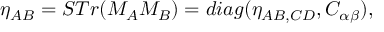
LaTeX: \eta _ { { \cal A B } } = S T r ( M _ { { \cal A } } M _ { { \cal B } } ) = d i a g ( \eta _ { A B , C D } , C _ { \alpha \beta } ) ,